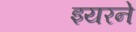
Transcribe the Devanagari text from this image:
इयरने